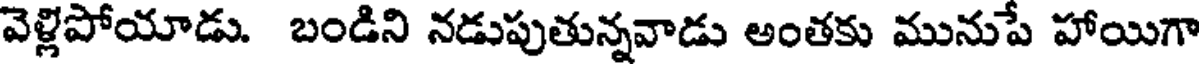
వెళ్లిపోయాడు. బండిని నడుపుతున్నవాడు అంతకు మునుపే హాయిగా